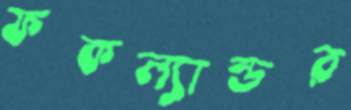
ফকল্যান্ডর